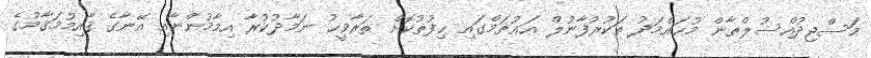
މަސްޖިދުއްސުލްޠާން މުޙައްމަދު ތަކުރުފާނުލް އަޢުޡަމްގައި ޙިފުޡުކޮށް ތަރާވީޙު ނަމާދުކުރާ އިމާމުންނާއި އޭނާގެ ޤާއިމުމަޤާމުގެ